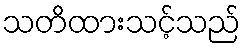
သတိထားသင့်သည်